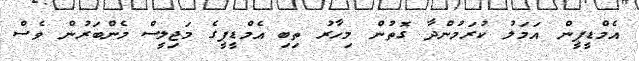
އެމްޑީޕީން އަމަލު ކުރަމުންދާ ގޮތުން މިހާރު ތިބި އެމްޑީޕީގެ މަޖިލީސް މެންބަރުން ވެސް